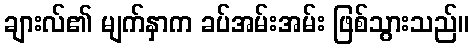
ချားလ်၏ မျက်နှာက ခပ်အမ်းအမ်း ဖြစ်သွားသည်။